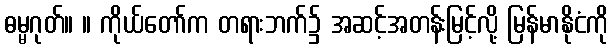
ဓမ္မဂုတ်။ ။ ကိုယ်တော်က တရားဘက်၌ အဆင့်အတန်းမြင့်လို့ မြန်မာနိုငံကို